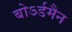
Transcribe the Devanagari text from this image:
बोऽर्डमैन